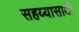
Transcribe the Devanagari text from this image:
सहय्यासाठी